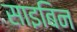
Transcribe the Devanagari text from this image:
साइबिन